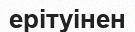
ерітуінен